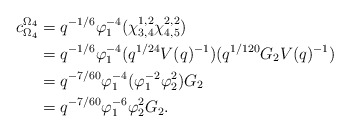
\begin{align*} c_{\Omega_4}^{\Omega_4} &= q^{-1/6}\varphi_1^{-4}(\chi_{3,4}^{1,2}\chi_{4,5}^{2,2})\\ &= q^{-1/6}\varphi_1^{-4}(q^{1/24}V(q)^{-1})(q^{1/120}G_2V(q)^{-1})\\ &= q^{-7/60}\varphi_1^{-4}(\varphi_1^{-2}\varphi_2^2)G_2\\ &= q^{-7/60}\varphi_1^{-6}\varphi_2^2G_2.\end{align*}